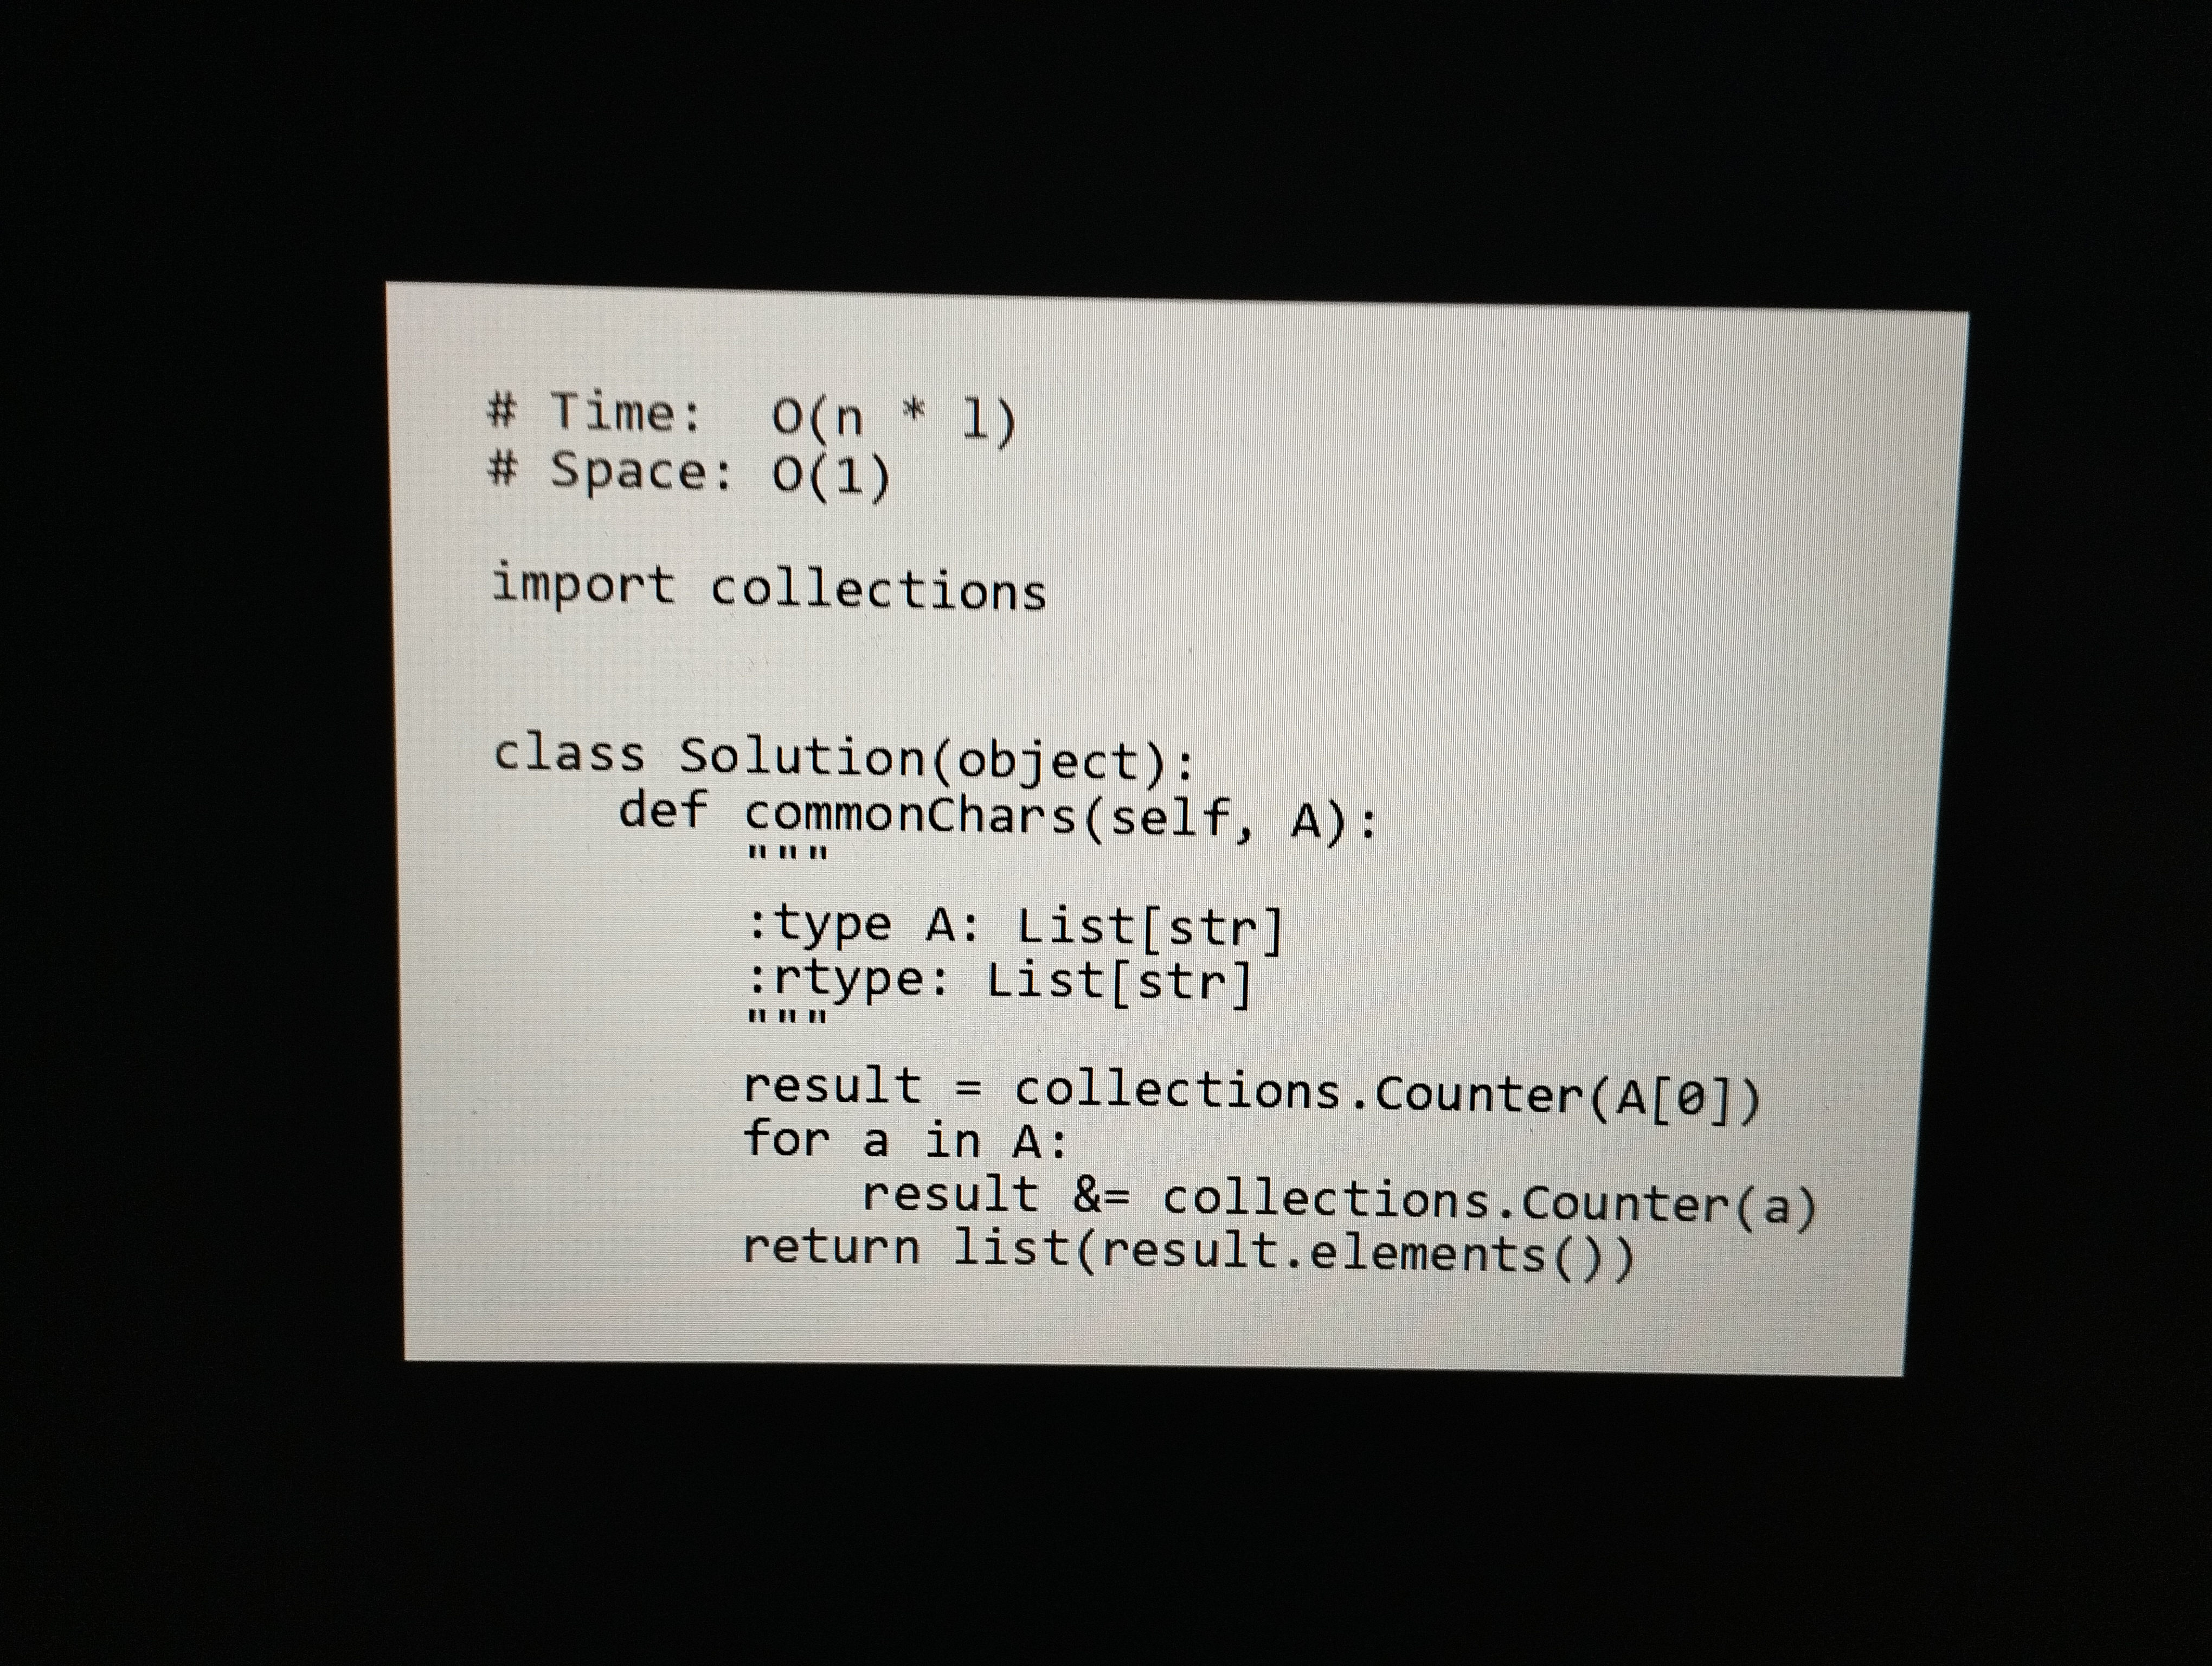
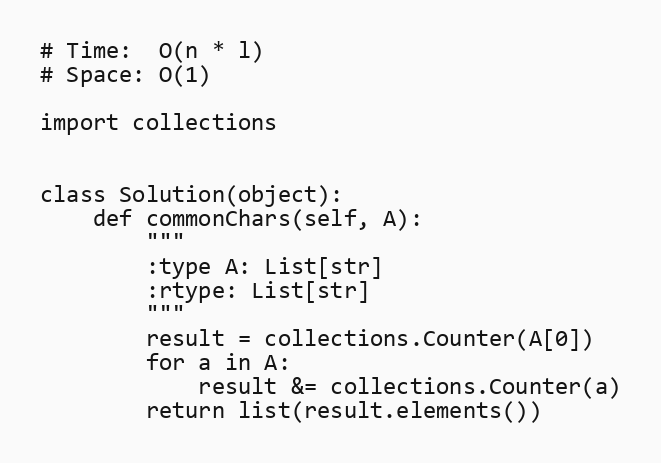
# Time:  O(n * l)
# Space: O(1)

import collections

class Solution(object):
    def commonChars(self, A):
        """
        :type A: List[str]
        :rtype: List[str]
        """
        result = collections.Counter(A[0])
        for a in A:
            result &= collections.Counter(a)
        return list(result.elements())